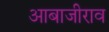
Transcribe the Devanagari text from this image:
आबाजीराव